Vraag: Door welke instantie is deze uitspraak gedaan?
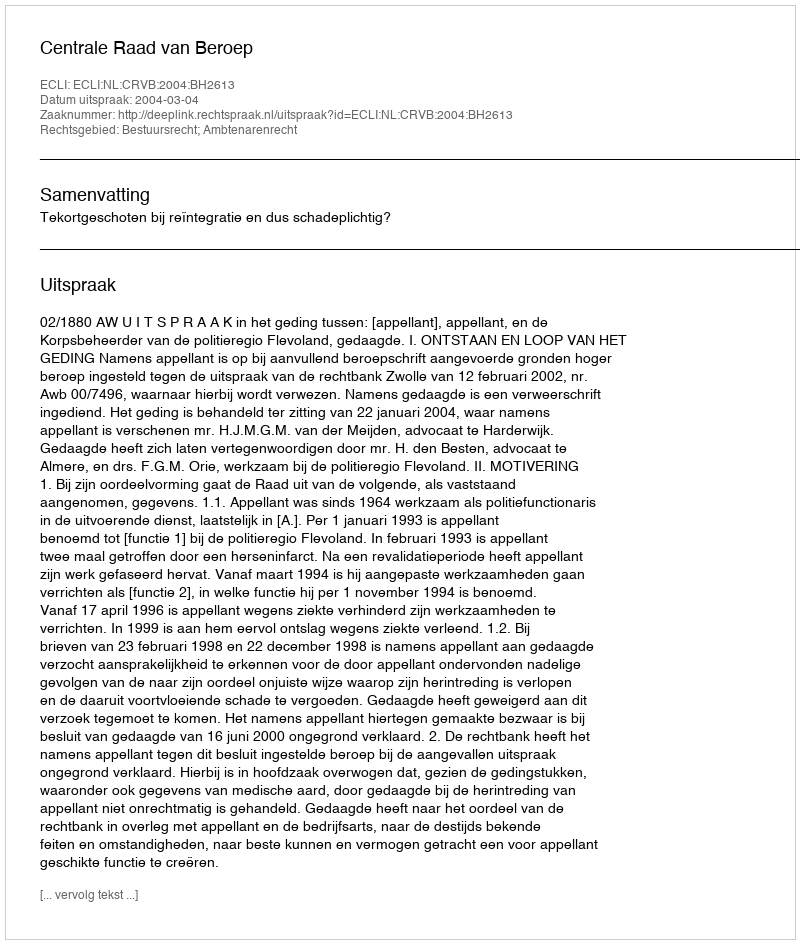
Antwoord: Centrale Raad van Beroep